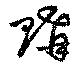
購